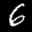
Label: 6